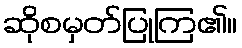
ဆိုစမှတ်ပြုကြ၏။